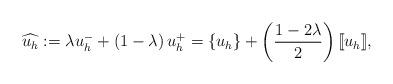
LaTeX: \begin{align*}\widehat{u_h} := \lambda u_h^- + \left(1 - \lambda\right)u_h^+ = \{u_h\} + \left(\frac{1 - 2\lambda}{2}\right)[\![u_h]\!],\end{align*}